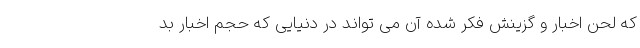
که لحن اخبار و گزینش فکر شده آن می‌ تواند در دنیایی که حجم اخبار بد